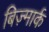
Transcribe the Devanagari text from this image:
बिज़्मार्क